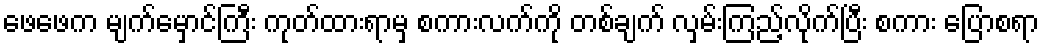
ဖေဖေက မျက်မှောင်ကြီး ကုတ်ထားရာမှ စကားလက်ကို တစ်ချက် လှမ်းကြည့်လိုက်ပြီး စကား ပြောစရာ